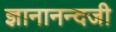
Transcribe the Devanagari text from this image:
ज्ञानानन्दजी